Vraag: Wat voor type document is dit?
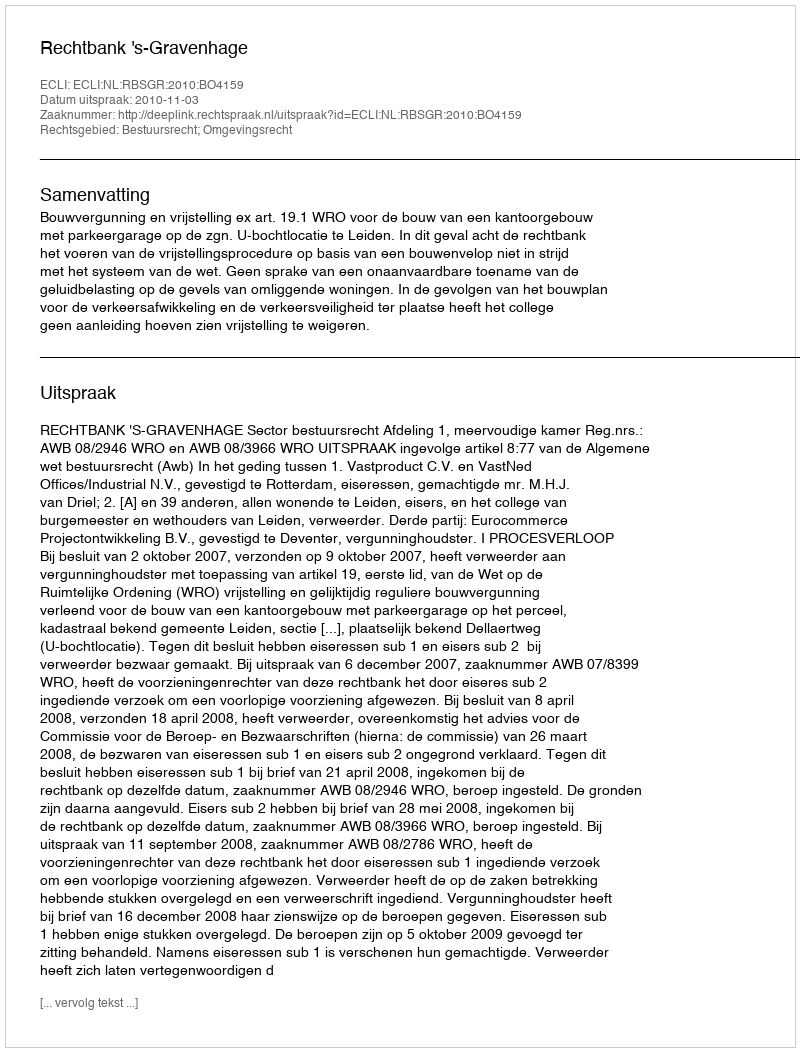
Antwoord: Uitspraak